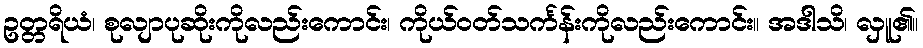
ဥတ္တရိယံ၊ စုလျာပုဆိုးကိုလည်းကောင်း၊ ကိုယ်ဝတ်သင်္ကန်းကိုလည်းကောင်း။ အဒါသိ၊ လှူ၏။